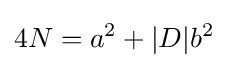
4N=a^{2}+|D|b^{2}